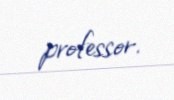
professor.